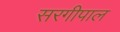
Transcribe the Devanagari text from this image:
सरगीपाल